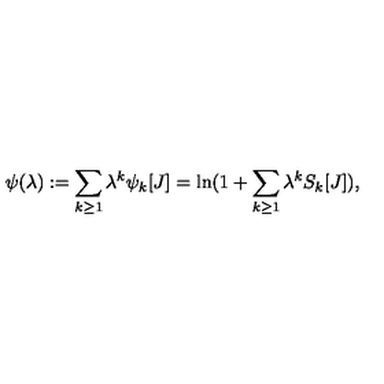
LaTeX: \psi ( \lambda ) : = \sum _ { k \geq 1 } \lambda ^ { k } \psi _ { k } [ J ] = \ln ( 1 + \sum _ { k \geq 1 } \lambda ^ { k } S _ { k } [ J ] ) ,